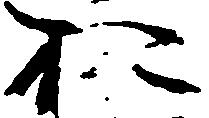
お